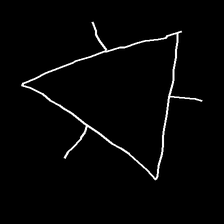
Glyph: fire